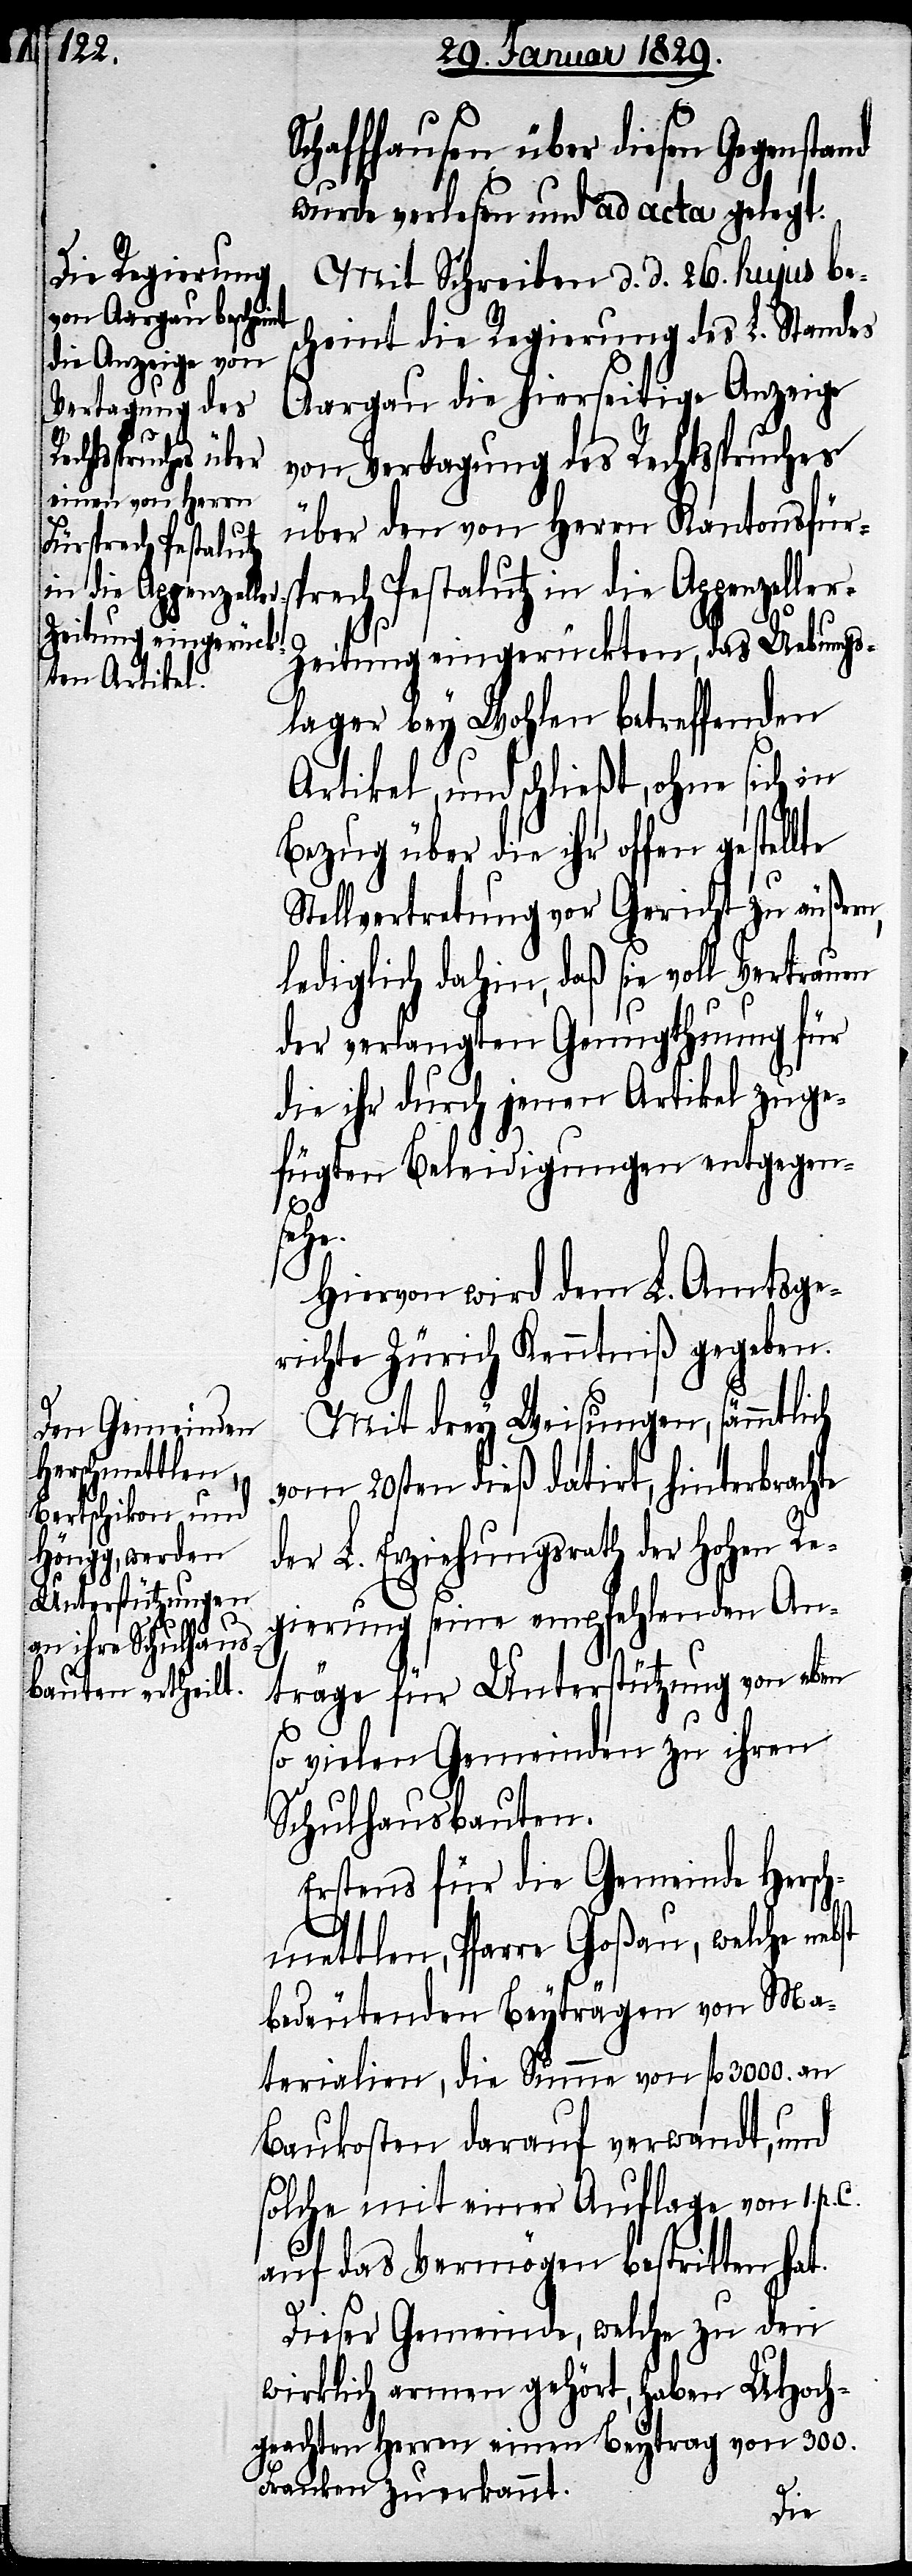
sprech Pestalutz
in die Appenzelle¬

Schaffhausen über diesen Gegenstand
wurde verlesen und ad acta gelegt.
Mit Schreiben d. d. 26. hujus bes¬
cheint die Regierung des L. Standes
Aargau die hierseitige Anzeige
von Vertagung des Rechtsspruches
über den von Herrn Kantonsfür¬
r-Zeitung eingerückten, das Uebungs¬
lager bey Wohlen betreffenden
Artikel, und schließt, ohne sich in
Bezug über die ihr offen gestell¬
Stellvertretung vor Gericht zu äußern,
lediglich dahin, daß sie voll Vertrauen
der verlangten Genugthuung für
die ihr durch jenen Artikel zuge¬
fügten Beleidigungen entgegen¬
p.
C.
Hiervon wird dem L. Amtsge¬
richte Zürich Kenntniß gegeben.
Mit drey Weisungen, sämmtlich
vom 20sten dieß datirt, hinterbrachte
der L. Erziehungsrath der Hohen Re¬
gierung seine empfehlenden An¬
träge für Unterstützung von eben
so vielen Gemeinden zu ihren
Schulhausbauten.
Erstens für die Gemeinde Hersch¬
mettlen, Pfarre Goßau, welche neb¬
bedeutenden Beyträgen von Ma¬
terialien, die Summe von fl. 300. an
Baukosten darauf verwandt, und
solche mit einer Auflage von 1.
auf das Vermögen bestritten hat.
Dieser Gemeinde, welche zu den
wirklich armen gehört, haben UHoch¬
geachten Herren einen Beytrag von 300.
Franken zuerkannt.